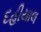
દહીયાલ